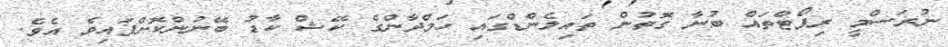
ނުރަސްމީ ރިޕޯޓްތައް ބުނާ ގޮތުން ތައިލެންޑްގައި ހަމްދާންގެ ކޭޝް ކާޑު ބޭނުންކޮށްފައިވެ އެވެ.